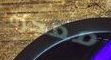
معجزة